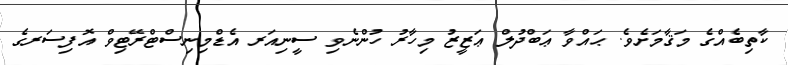
ކާތިބެއްގެ މަޤާމަށެވެ. ޙައްވާ ޢަބްދުލް ޢަޒީޒު މިހާރު ހުންނެވި ސީނިއަރ އެޑްމިނިސްޓްރޭޓިވް އޮފިސަރގެ